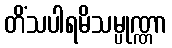
တိံသပါရမိသမ္ပုဏ္ဏာ